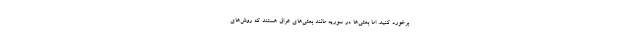
برخورد کنید. اما بعثی‌ها در سوریه مانند بعثی‌های عراق هستند که روش‌های